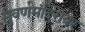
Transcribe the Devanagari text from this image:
सुवर्णमंदिरावर